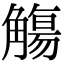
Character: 觴